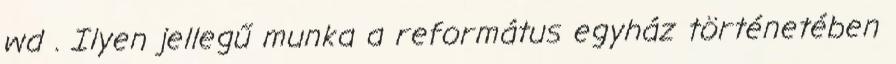
wd . Ilyen jellegű munka a református egyház történetében